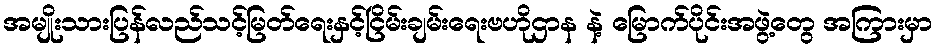
အမျိုးသားပြန်လည်သင့်မြတ်ရေးနှင့်ငြိမ်းချမ်းရေးဗဟိုဌာန နဲ့ မြောက်ပိုင်းအဖွဲ့တွေ အကြားမှာ